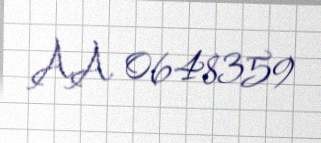
AA 0648359